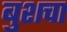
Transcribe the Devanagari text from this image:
बुशचा